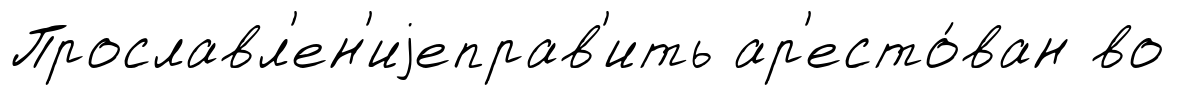
Прославл'ен'иjеправ'ить ар'есто́ван во